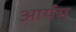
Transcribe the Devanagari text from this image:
आर्यम